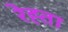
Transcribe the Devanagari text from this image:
रेह्ता